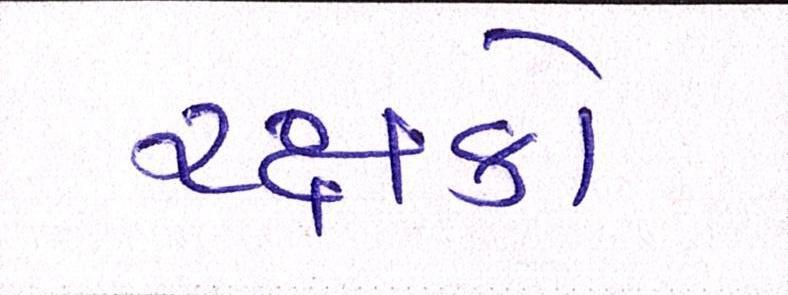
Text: રક્ષકો